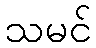
သမင်